Insane asylums Bombay 1873-77 - 1873-1877
Year: 1873
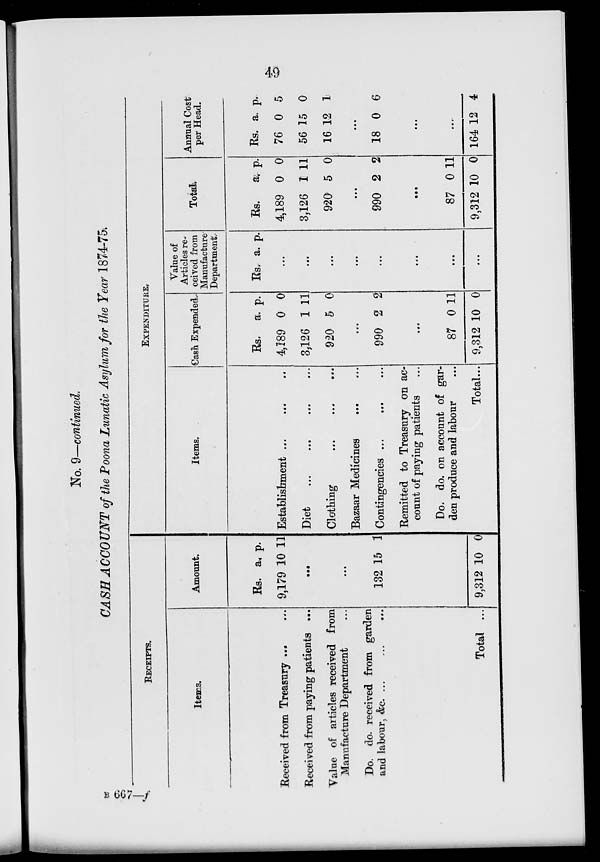
49
No. 9—continued.
CASH ACCOUNT of the Poona Lunatic Asylum for the Year 1874-75.
RECEIPTS.
Items.
Received from Treasury ... ..
Received from paying patients ...
Value of articles received from
Manufacture Department ...
Do. do. received from garden
and labour, &c. ... ... ...
Total ...
Amount.
Rs.
9,179
a.
p.
10 11
...
...
132 15 1
9,312 10 0
EXPENDITURE.
Items.
Establishment ... ... ...
Diet
...
...
...
Clothing ... ... ...
Bazaar Medicines
...
...
Contingencies ...
...
...
Remitted to Treasury on ac-
count of paying patients ...
Do. do. on account of gar-
den produce and labour ...
Total ...
Cash Expended.
Rs.
4,189
3,126
920
a.
0
1
5
p.
0
11
0
...
990 2 2
...
87
9,312
0
10
11
0
Value of
Articles re-
ceived from
Manufacture
Department.
Rs. a. p.
...
...
...
...
...
...
...
...
Total.
Rs.
4,189
3,126
920
a.
0
1
5
p.
0
11
0
...
990 2 2
...
87
9,312
0
10
11
0
Annual Cost
per Head.
Rs.
76
56
16
a.
0
15
12
p.
5
0
1
...
18 0 6
...
...
164 12 4
B 667—f